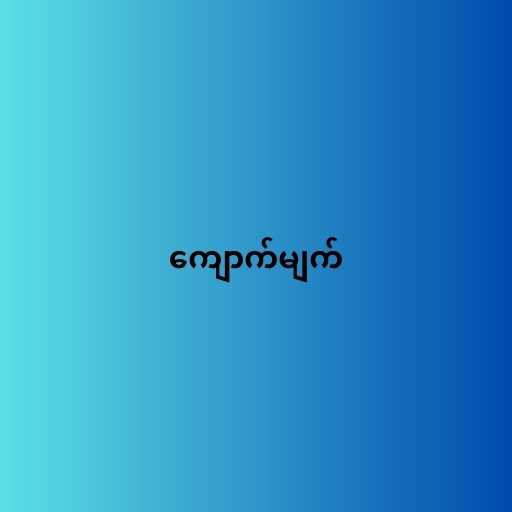
ကျောက်မျက်